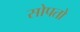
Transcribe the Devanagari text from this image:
सोपतो